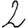
Digit: 2